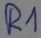
Text: R1